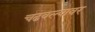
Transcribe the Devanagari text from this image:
चढवल्यावर